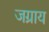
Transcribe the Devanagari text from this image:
जग्राय